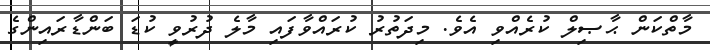
މާތްކަން ޙާޞިލް ކުރެއްވި އެވެ. މިދަތުރު ކުރައްވާފައި މާލެ ދުރުވީ ކުޑަ ބަންޑާރައިންގެ